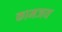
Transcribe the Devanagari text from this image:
कामजय